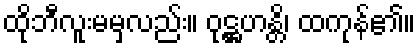
ထိုဘီလူးမမှလည်း။ ဝုဋ္ဌဟန္တိ၊ ထကုန်၏။